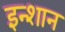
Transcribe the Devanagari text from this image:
इन्शान